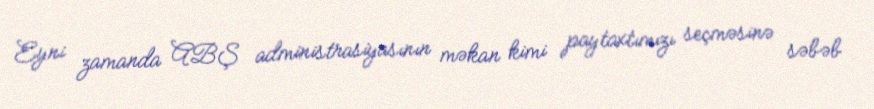
Eyni zamanda ABŞ administrasiyasının məkan kimi paytaxtımızı seçməsinə səbəb